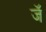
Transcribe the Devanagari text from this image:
जॅ